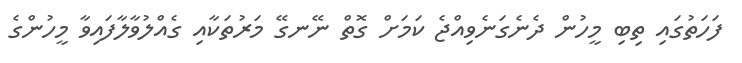
ފަހަތުގައި ތިބި މީހުން ދެނެގަނެވިއްޖެ ކަމަށް ގޮތް ނޭނގޭ މަރުތަކާއި ގެއްލުވާލާފައިވާ މީހުންގެ